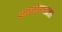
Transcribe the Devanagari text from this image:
घनघोरमाला